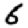
Digit: 6